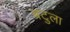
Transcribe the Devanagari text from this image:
बटुला